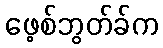
ဖေ့စ်ဘွတ်ခ်က